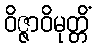
ဝိဇ္ဇာဝိမုတ္တိံ